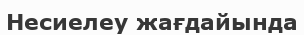
Hесиелеу жағдайында